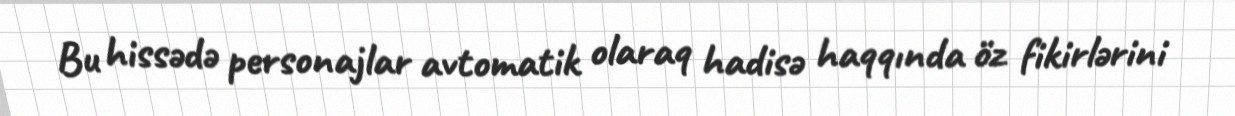
Bu hissədə personajlar avtomatik olaraq hadisə haqqında öz fikirlərini